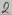
Text: 2